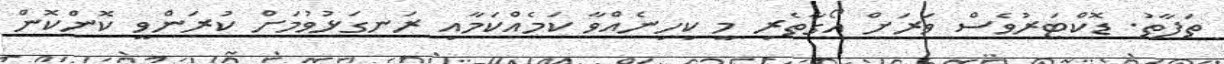
ތަފާތު. ޑޮކްޓަރުވެސް ވަރަށް އޯގާތެރި މީ ކިހިނެއްވާ ކަމެއްކަމާއި ރަނގަޅުވުމަށް ކުރަންވީ ކޮންކޮން